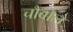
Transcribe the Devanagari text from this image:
चौबोल